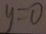
y = 0